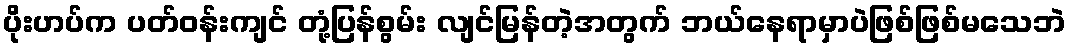
ပိုးဟပ်က ပတ်ဝန်းကျင် တုံ့ပြန်စွမ်း လျင်မြန်တဲ့အတွက် ဘယ်နေရာမှာပဲဖြစ်ဖြစ်မသေဘဲ